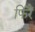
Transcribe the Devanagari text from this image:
फिरैं